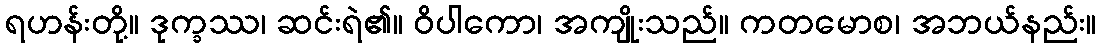
ရဟန်းတို့။ ဒုက္ခဿ၊ ဆင်းရဲ၏။ ဝိပါကော၊ အကျိုးသည်။ ကတမောစ၊ အဘယ်နည်း။